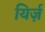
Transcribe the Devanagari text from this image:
यिर्ज़